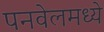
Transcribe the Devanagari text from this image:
पनवेलमध्ये